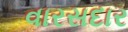
વારસદાર